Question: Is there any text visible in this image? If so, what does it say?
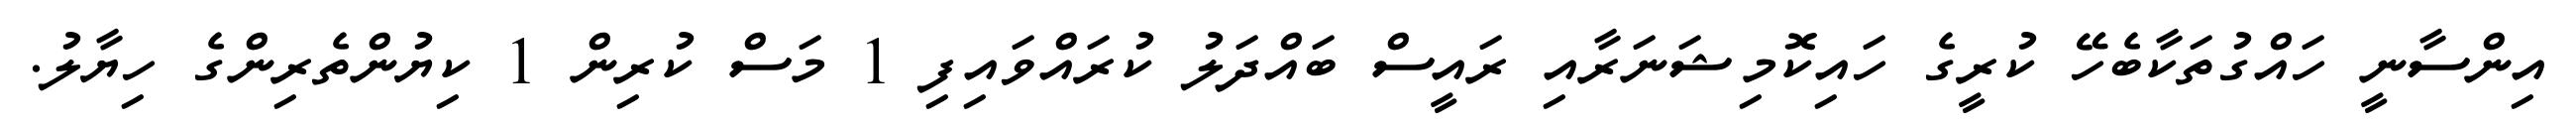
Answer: އިންސާނީ ހައްގުތަކާބެހޭ ކުރީގެ ހައިކޮމިޝަނަރާއި ރައީސް ބައްދަލު ކުރައްވައިފި 1 މަސް ކުރިން 1 ކިޔުންތެރިންގެ ހިޔާލު.